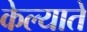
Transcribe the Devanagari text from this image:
केल्यातें